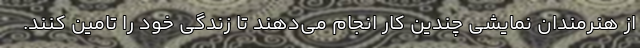
از هنرمندان نمایشی چندین کار انجام می‌دهند تا زندگی خود را تامین کنند.